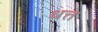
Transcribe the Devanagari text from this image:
धत्त